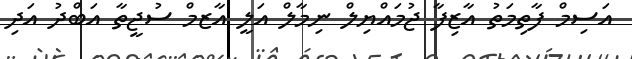
އަސިމް ފާތިމަތު އާޒިފާ ޖުމައްޔިލް ނިމާލް އަލީ އާޒމް ސުޖީތާ އަބްދު އަދި